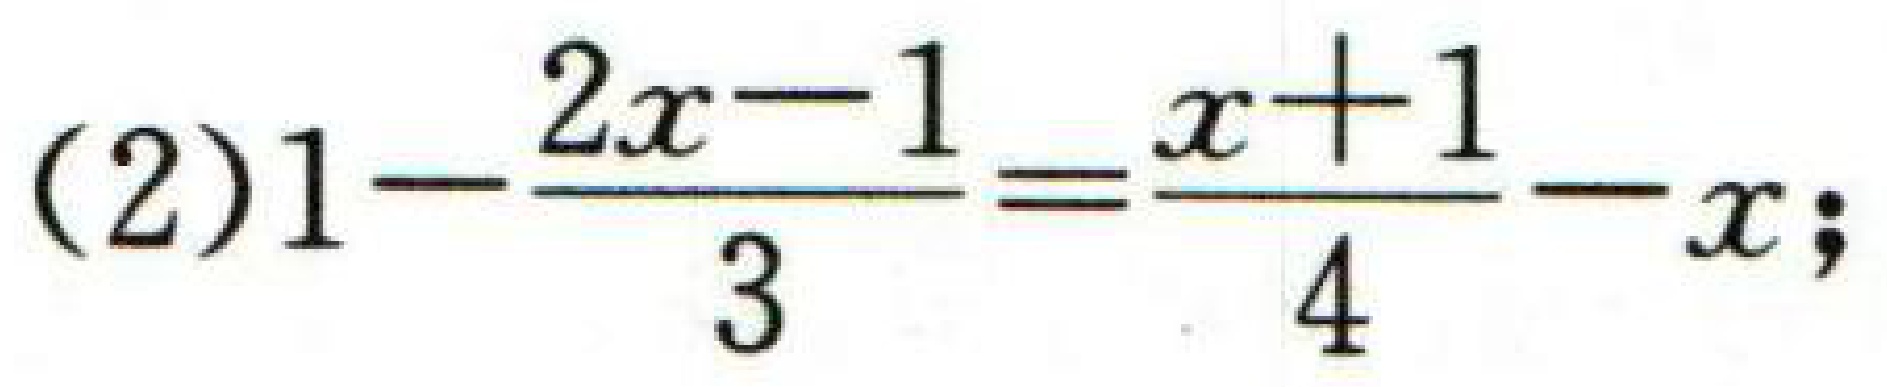
(2)$1 - \frac{2x - 1}{3}=\frac{x + 1}{4}-x$；